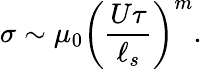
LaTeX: \sigma\sim\mu_{0}\left(\frac{U\tau}{\ell_{s}}\right)^{m}.